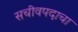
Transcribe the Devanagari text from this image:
सचीवपदाचा